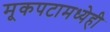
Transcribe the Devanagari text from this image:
मूकपटामध्येही